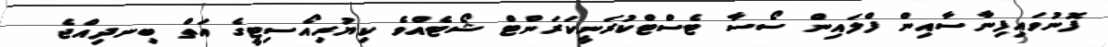
ފޮނުވައިފިނާސާއިން ފްލައިން ސޯސާ ޓެސްޓްކުރަނީކަރަންޓް ޝޯޓެއްވެ ކިޔުރިއޯސިޓީގެ އަތް ބިނދިއްޖެ